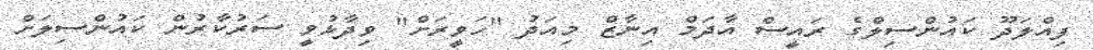
ފިއްލަދޫ ކައުންސިލްގެ ރައީސް އާދަމް އިނާޒް މިއަދު "ހަވީރަށް" ވިދާޅުވީ ސަރުކާރުން ކައުންސިލަށް